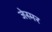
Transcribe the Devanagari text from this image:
जेस्मर